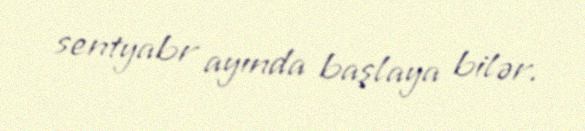
sentyabr ayında başlaya bilər.